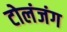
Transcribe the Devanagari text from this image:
टोलंजंग